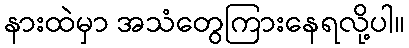
နားထဲမှာ အသံတွေကြားနေရလို့ပါ။